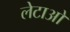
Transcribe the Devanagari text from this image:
लेटाओ